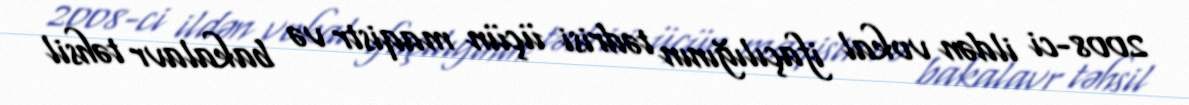
2008-ci ildən vokal ifaçılığının tədrisi üçün maqistr və bakalavr təhsil